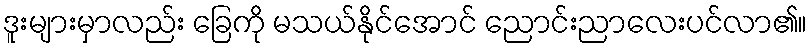
ဒူးများမှာလည်း ခြေကို မသယ်နိုင်အောင် ညောင်းညာလေးပင်လာ၏။